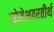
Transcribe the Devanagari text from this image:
सोमेशवरतीर्थ